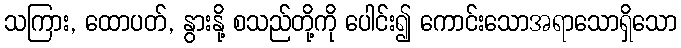
သကြား, ထောပတ်, နွားနို့ စသည်တို့ကို ပေါင်း၍ ကောင်းသောအရာသောရှိသော